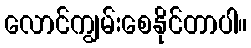
လောင်ကျွမ်းစေနိုင်တာပါ။